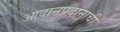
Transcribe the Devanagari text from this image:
आदानप्रदानाची